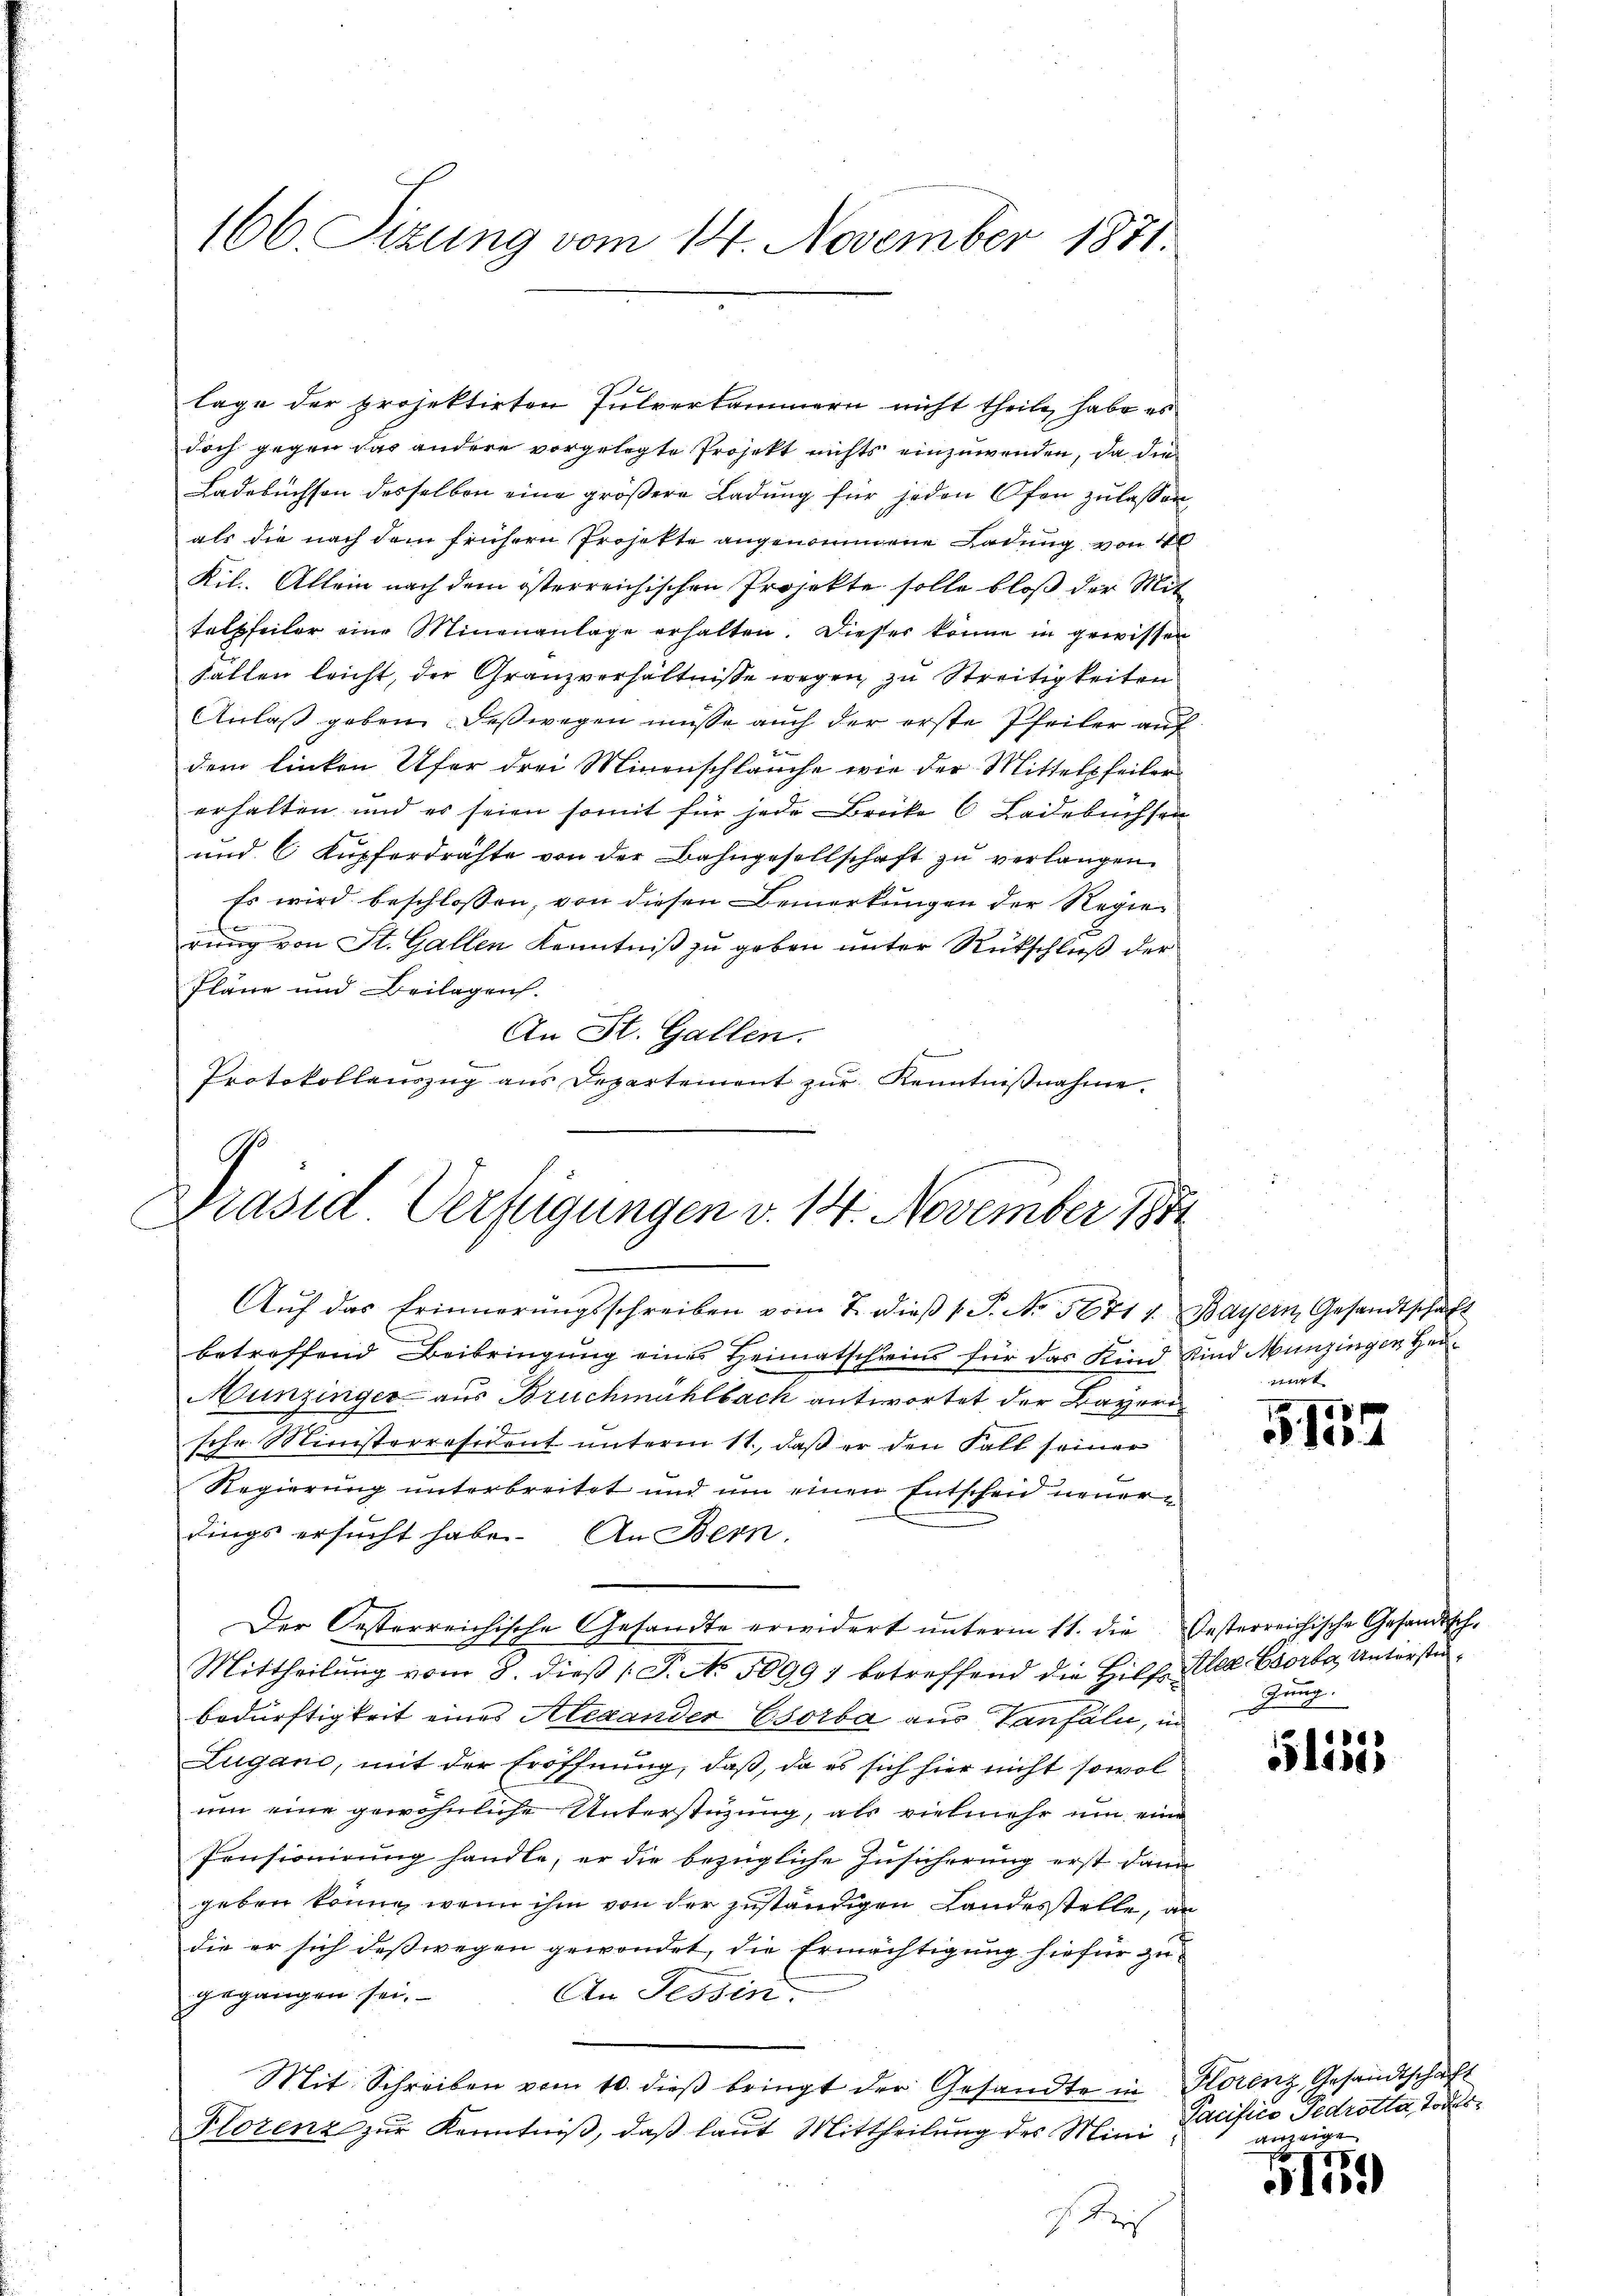
166. Sizung vom 14. November 1871.

lage der projektirten Pulverkammern nicht theile, habe es
doch gegen das andere vorgelegte Projekt nichts einzuwenden, da die
Ladebuchson desselben eine größere Ladung für jeden Ofen zulassen,
als die nach dem frühern Projekte angenommene Ladung von 10
Kil.. Allein nach dem österreichischen Projekte solle bloß der Mit
telpfeiler eine Minenanlage erhalten. Dieser könne in gewissen
Fällen leicht, der Granzverhältnisse wegen zu Streitigkeiten
Anlaß geben deßwegen müsse auch der erste Pfeiler auf
x
dem linken Ufer drei Minenschlauche wie der Mittelpfeiler
erhalten und es seien somit für jede Brüke 6 Ladebuchsen
und 6 Kupferdrähte von der Bahngesellschaft zu verlangen.
Es wird beschlossen, von diesen Bemerkungen der Regierung von St. Gallen Kenntniß zu geben unter Rückschluß der
Pläne und Beilagen.
An St. Gallen.
k
Protokollauszug aus Departement zur Kenntnißnahme.

Präsid Verfügungen v. 14. November 1891

Aŭf das Erinnerŭngsschreiben vom 7. dieβ l. J. No. 56714. Bayern, Gesandtschaft
betreffend Beibringung eines Heimatschreins für das Kind Kind Munzingen Hei¬
Munzinger aus Bruchmühlbach antwortet, der Bayern
schr. Ministerresident unterm 11. daβ er den Fall seiner
Regierung unterbreitet und um einen Entscheid neuerdings ersucht habe. An Bern.
Der Oesterreichische Gesandte erindert ŭnterm 11. die Oesterreichische Gesandtsch-
Mittheilŭng vom 8. dieβ (T. No. 50991 betreffend die Hilf Alex Eorta, Unterstübedürftigkeit eines Alexander Esorba aus Zanfall, in
Lugano, mit der Eröffnung, daß, da es sich hier nicht sowol
um eine gewöhnliche Unterstüzung, als vielmehr um eine
Iensionirung handle, er die bezügliche Zusicherung erst dann
geben könne, wenn ihm von der zuständigen Landesstelle, an
.
die er sich deßwegen gewendet, die Ermächtigung hiefür zu
An Tessin.
gegangen sei.
Mit Schreiben vom 10. dieβ bringt der Gesandte in Florenz, Gesandtschaft
Florenz zŭr Kenntniβ, daβ laut Mittheilŭng des Mini Cacifico Pedrotta, Todese

mit

3137

zung.

51155

anzeigen

5139